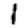
Digit: 1